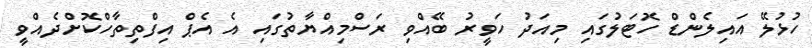
ހުޅުލޭ އައިލެންޑް ހޮޓަލުގައި މިއަދު ހަވީރު ބޭއްވި ރަސްމިއްޔާތުގައި އެ އެޕް އިފްތިތާހްކޮށްދެއްވީ